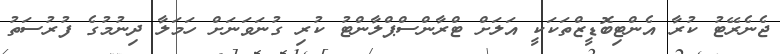
ޖެނެރޭޓު ކުރާ އެންޓިބޮޑީޒްތަކަކީ އަލަށް ޓްރާންސްޕްލާންޓު ކުރި ގުނަވަނަށް ހަމަލާ ދިނުމުގެ ފުރުސަތު